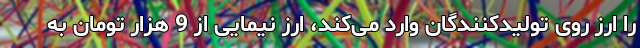
را ارز روی تولیدکنندگان وارد می‌کند، ارز نیمایی از 9 هزار تومان به